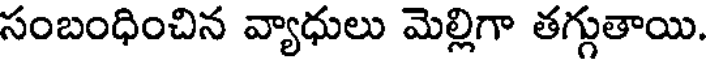
సంబంధించిన వ్యాధులు మెల్లిగా తగ్గుతాయి.